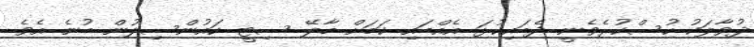
ދުވާލަކު ހުސްކުރެވެނީ ދެބައިކުޅަ އެއްބައި ކަމަށް މާލޭ ސިޓީ ކައުންސިލުން ބުނެ އެވެ.